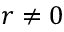
r \neq 0